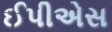
ઈપીએસ